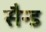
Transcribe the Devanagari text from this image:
सैन्ड